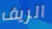
الريف